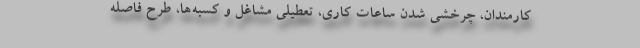
کارمندان، چرخشی شدن ساعات کاری، تعطیلی مشاغل و کسبه‌ها، طرح فاصله